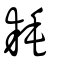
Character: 耗